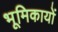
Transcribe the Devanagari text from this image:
भूमिकायों